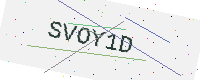
Text: SVOY1D